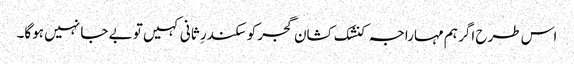
اس طرح اگر ہم مہاراجہ کنشک کشان گجر کو سکندرِ ثانی کہیں تو بے جا نہیں ہوگا۔